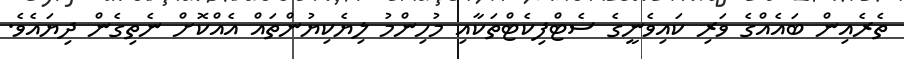
ތެރެއިން ބައެއްގެ ވަރި ކައިވެނީގެ ސެޓްފިކެޓްތަކާއި މުހިންމު ލިޔެކިޔުންތައް އެއްކޮށް ނެތިގެން ދިޔައެވެ.